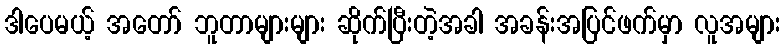
ဒါပေမယ့် အတော် ဘူတာများများ ဆိုက်ပြီးတဲ့အခါ အခန်းအပြင်ဖက်မှာ လူအများ